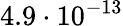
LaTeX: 4.9\cdot 10^{-13}